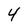
Character: 4